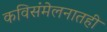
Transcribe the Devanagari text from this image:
कविसंमेलनातही